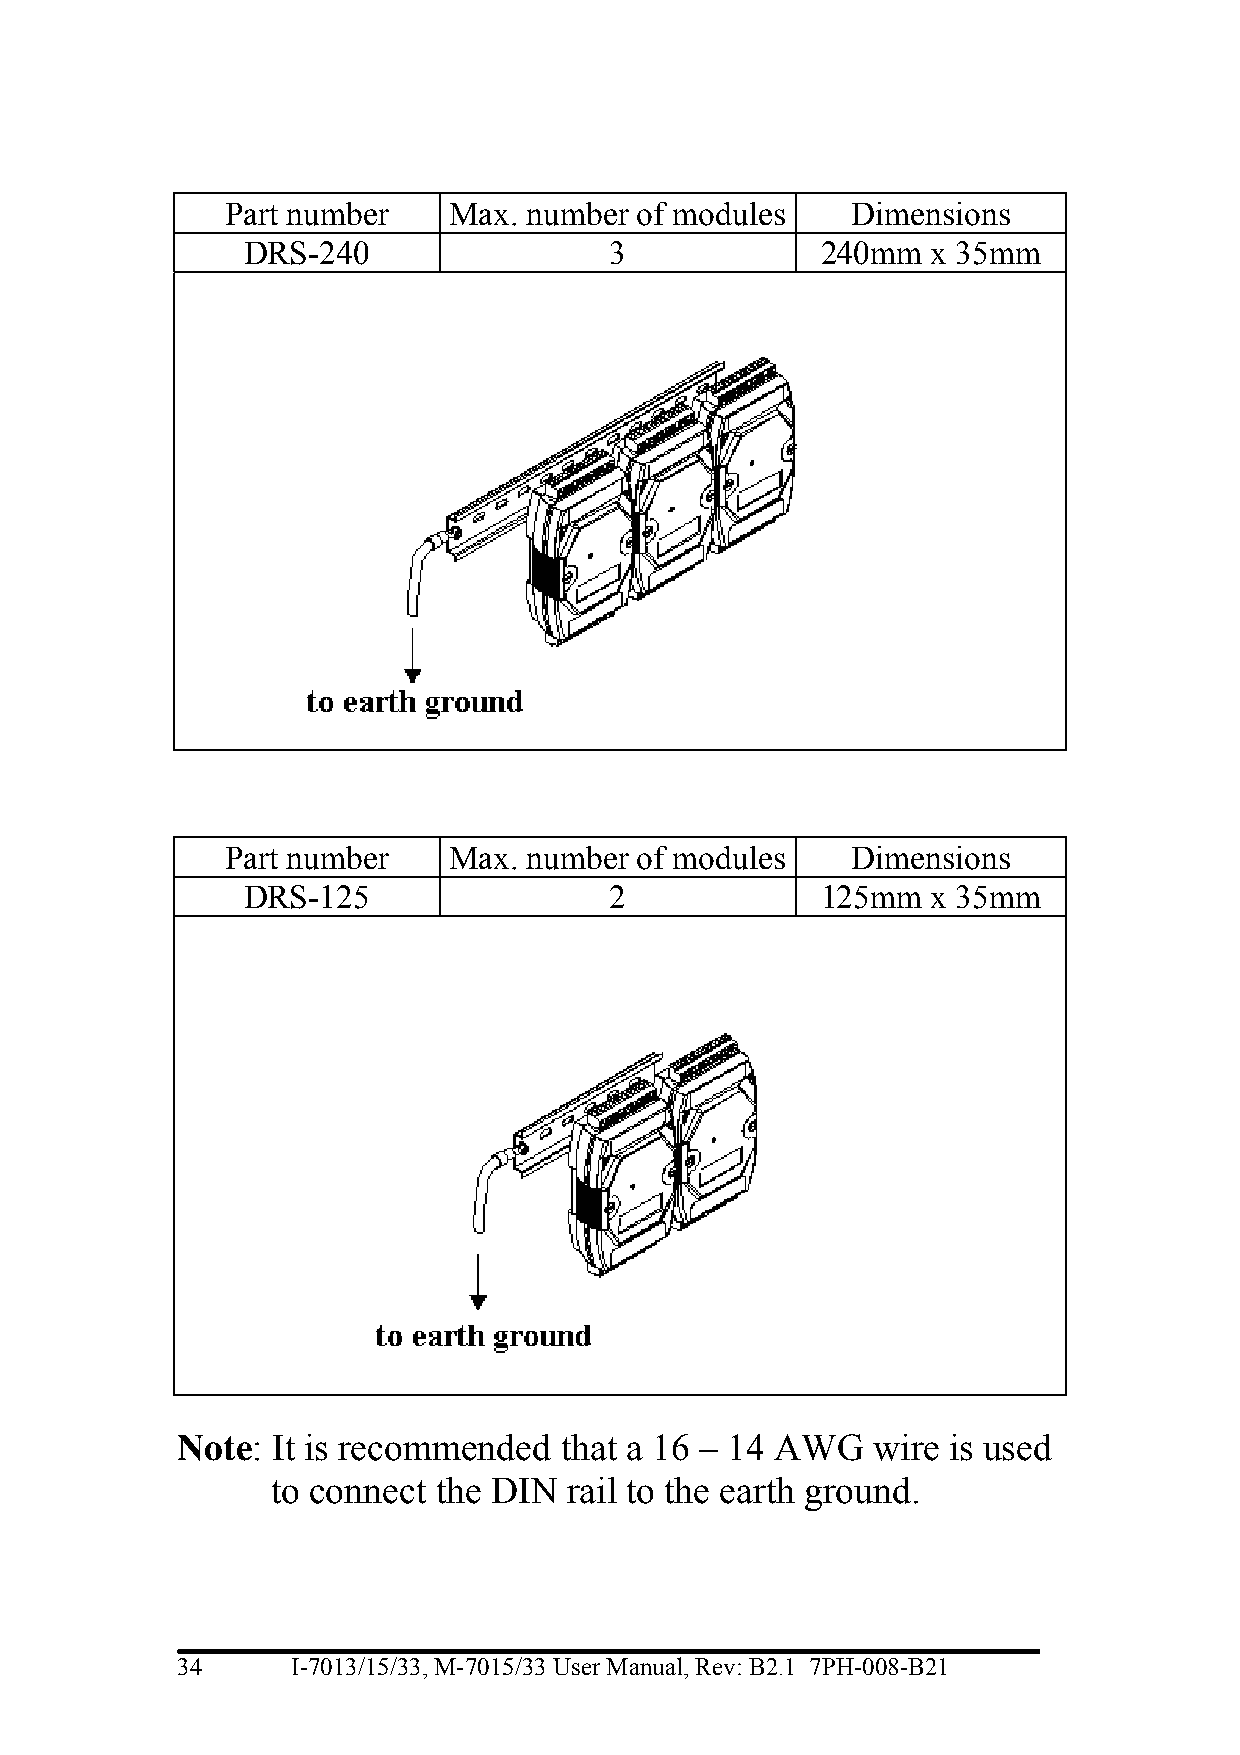
Part number    Max. number of modules    Dimensions
 DRS-240                 3             240mm   x 35mm
 Part number    Max. number of modules    Dimensions
 DRS-125                 2             125mm   x 35mm
 Note: It is recommended  that a 16 – 14 AWG   wire is used
 to connect the DIN  rail to the earth ground.
 34     I-7013/15/33, M-7015/33 User Manual, Rev: B2.1 7PH-008-B21